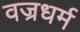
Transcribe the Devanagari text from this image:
वज्रधर्म